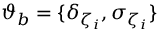
\boldsymbol { \vartheta } _ { b } = \{ \delta _ { \zeta _ { i } } , \sigma _ { \zeta _ { i } } \}